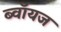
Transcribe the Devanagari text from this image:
ब्‍वॉयज